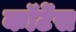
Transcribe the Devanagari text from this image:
कॉर्टेस